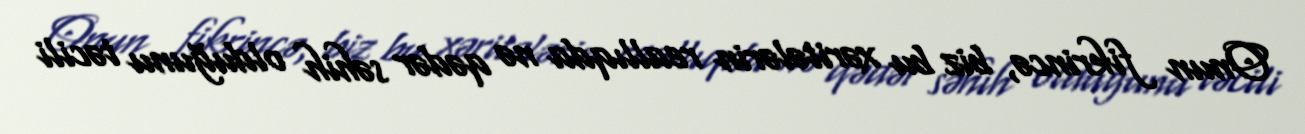
Onun fikrincə, biz bu xəritələrin reallıqda nə qədər səhih olduğunu təcili